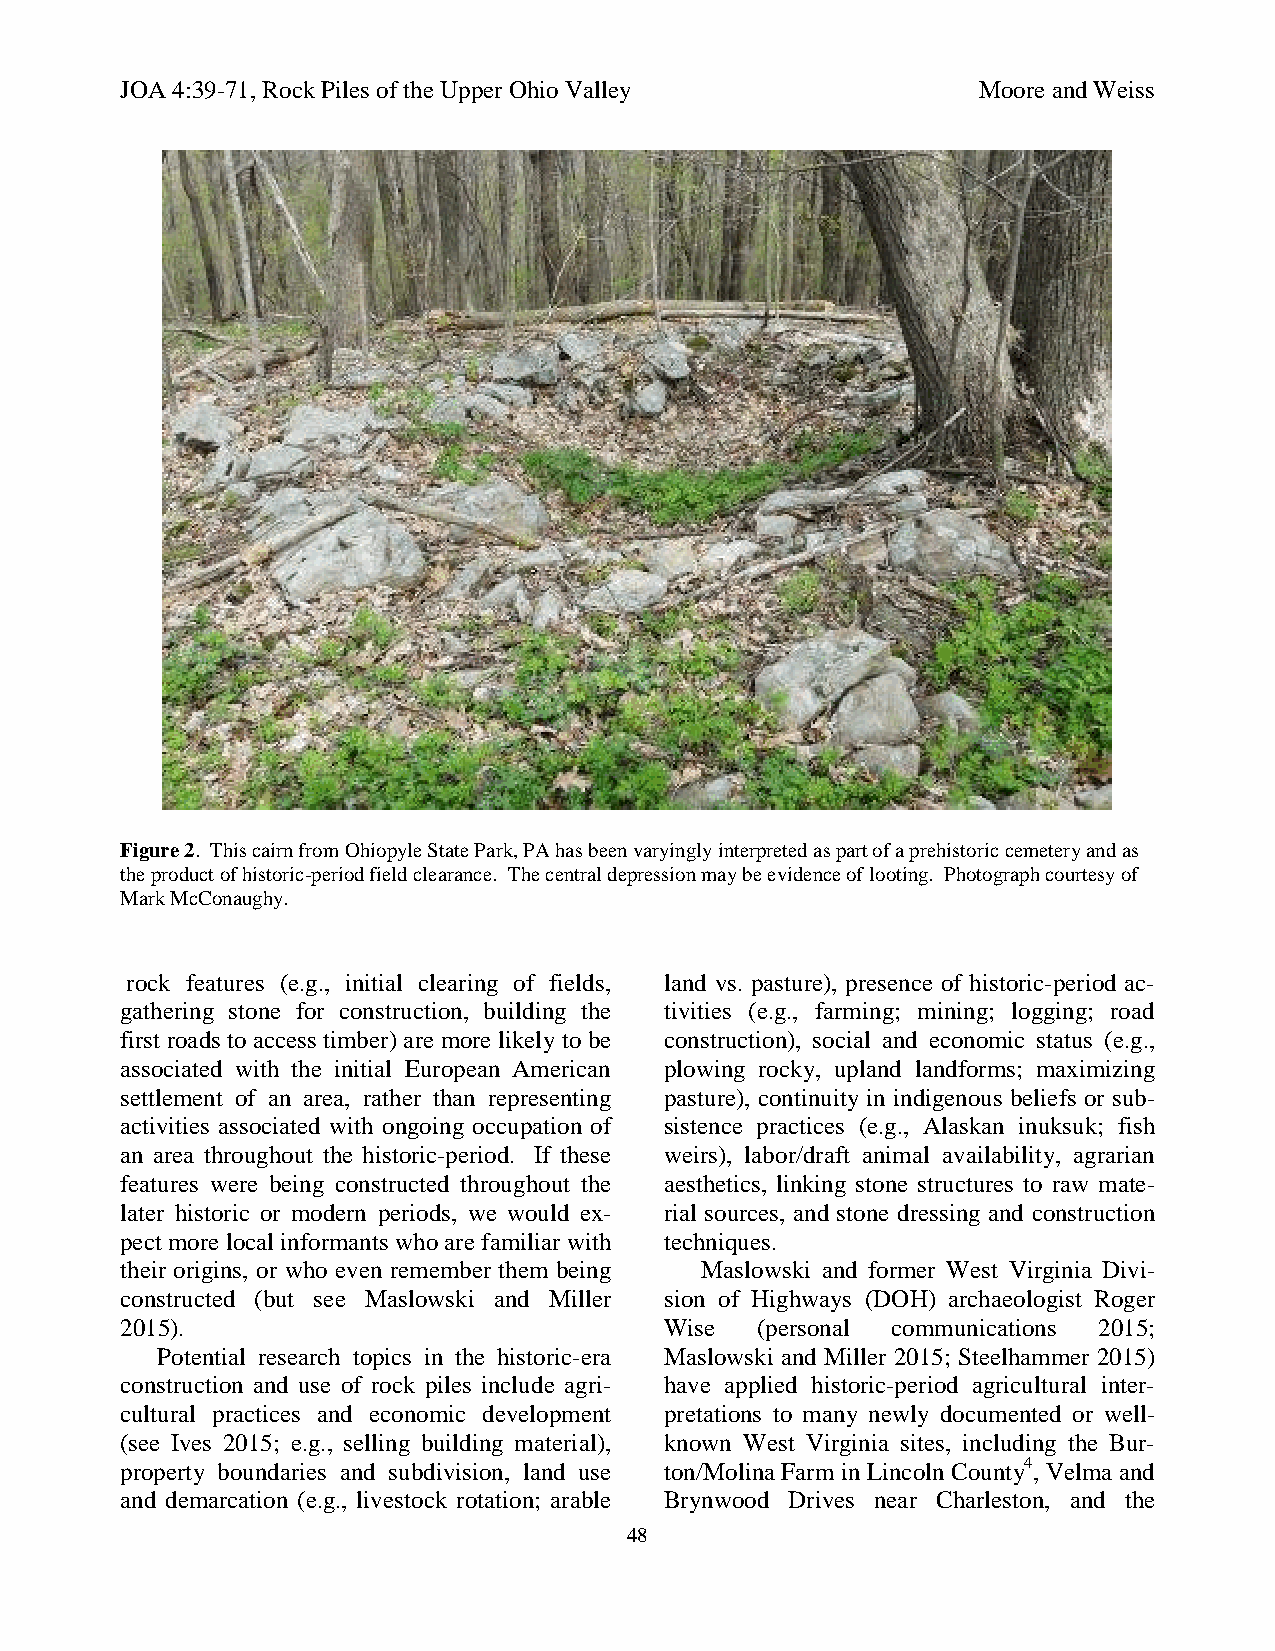
JOA 4:39-71, Rock Piles of the Upper Ohio Valley         Moore and Weiss
 Figure 2. This cairn from Ohiopyle State Park, PA has been varyingly interpreted as part of a prehistoric cemetery and as
 the product of historic-period field clearance. The central depression may be evidence of looting. Photograph courtesy of
 Mark McConaughy.
 rock features (e.g., initial clearing of fields, land vs. pasture), presence of historic-period ac-
 gathering stone for construction, building the tivities (e.g., farming; mining; logging; road
 first roads to access timber) are more likely to be construction), social and economic status (e.g.,
 associated with the initial European American plowing rocky, upland landforms; maximizing
 settlement of an area, rather than representing pasture), continuity in indigenous beliefs or sub-
 activities associated with ongoing occupation of sistence practices (e.g., Alaskan inuksuk; fish
 an area throughout the historic-period. If these weirs), labor/draft animal availability, agrarian
 features were being constructed throughout the aesthetics, linking stone structures to raw mate-
 later historic or modern periods, we would ex- rial sources, and stone dressing and construction
 pect more local informants who are familiar with techniques.
 their origins, or who even remember them being Maslowski and former West Virginia Divi-
 constructed (but see Maslowski and Miller sion of Highways (DOH) archaeologist Roger
 2015).                              Wise  (personal communications 2015;
 Potential research topics in the historic-era Maslowski and Miller 2015; Steelhammer 2015)
 construction and use of rock piles include agri- have applied historic-period agricultural inter-
 cultural practices and economic development pretations to many newly documented or well-
 (see Ives 2015; e.g., selling building material), known West Virginia sites, including the Bur-
 property boundaries and subdivision, land use ton/Molina Farm in Lincoln County4, Velma and
 and demarcation (e.g., livestock rotation; arable Brynwood Drives near Charleston, and the
 48